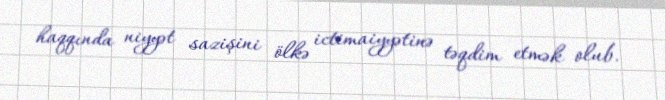
haqqında niyyət sazişini ölkə ictimaiyyətinə təqdim etmək olub.